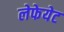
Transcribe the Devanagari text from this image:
लेफेयेट